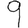
Digit: 9